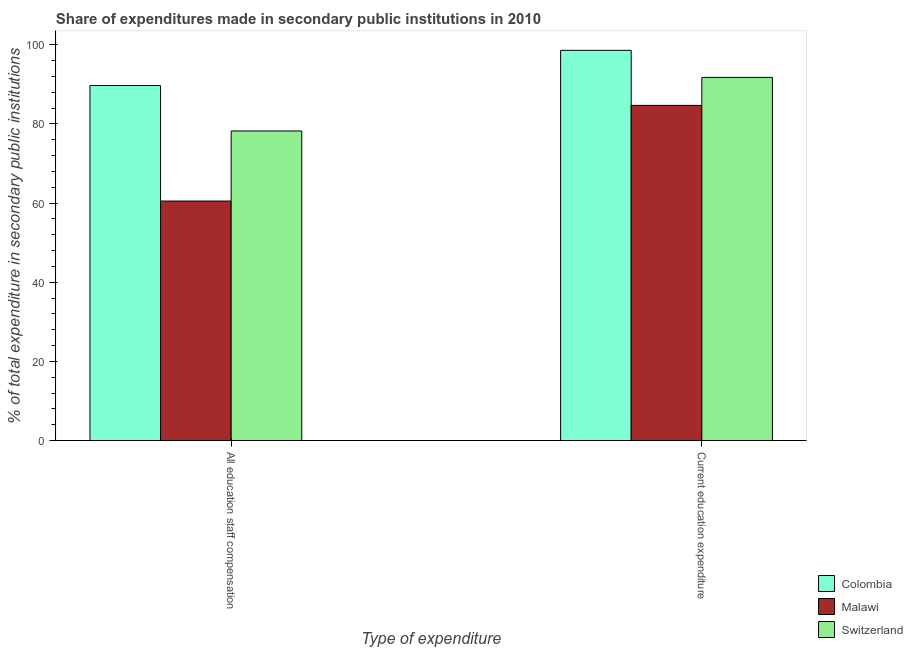
| Type of expenditure | Colombia | Malawi | Switzerland |
 | --- | --- | --- | --- |
 | All education staff compensation | 89.7 | 60.5 | 78.2 |
 | Current education expenditure | 98.6 | 84.7 | 91.8 |